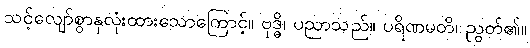
သင့်လျော်စွာနှလုံးထားသောကြောင့်။ ဗုဒ္ဓိ၊ ပညာသည်။ ပရိဏမတိ၊ ညွတ်၏။